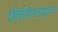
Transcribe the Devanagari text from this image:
इनिशियलाइज़्ड